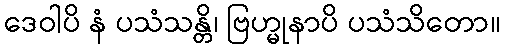
ဒေဝါပိ နံ ပသံသန္တိ၊ ဗြဟ္မုနာပိ ပသံသိတော။